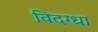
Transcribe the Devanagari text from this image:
विदग्धा